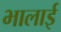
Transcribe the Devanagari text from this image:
भालाई